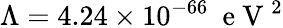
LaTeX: \Lambda=4.24\times 10^{-66}~\mathrm{~e~V~}^{2}